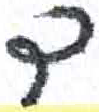
אות: ד